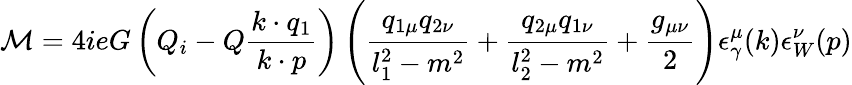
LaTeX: {\cal M}=4ieG\left(Q_{i}-Q\frac{k\cdot q_{1}}{k\cdot p}\right)\left(\frac{q_{1\mu}q_{2\nu}}{l_{1}^{2}-m^{2}}+\frac{q_{2\mu}q_{1\nu}}{l_{2}^{2}-m^{2}}+\frac{g_{\mu\nu}}{2}\right)\epsilon_{\gamma}^{\mu}(k)\epsilon_{W}^{\nu}(p)